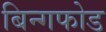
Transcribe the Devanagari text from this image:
बिन्गफोड